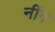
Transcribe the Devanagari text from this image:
नींग